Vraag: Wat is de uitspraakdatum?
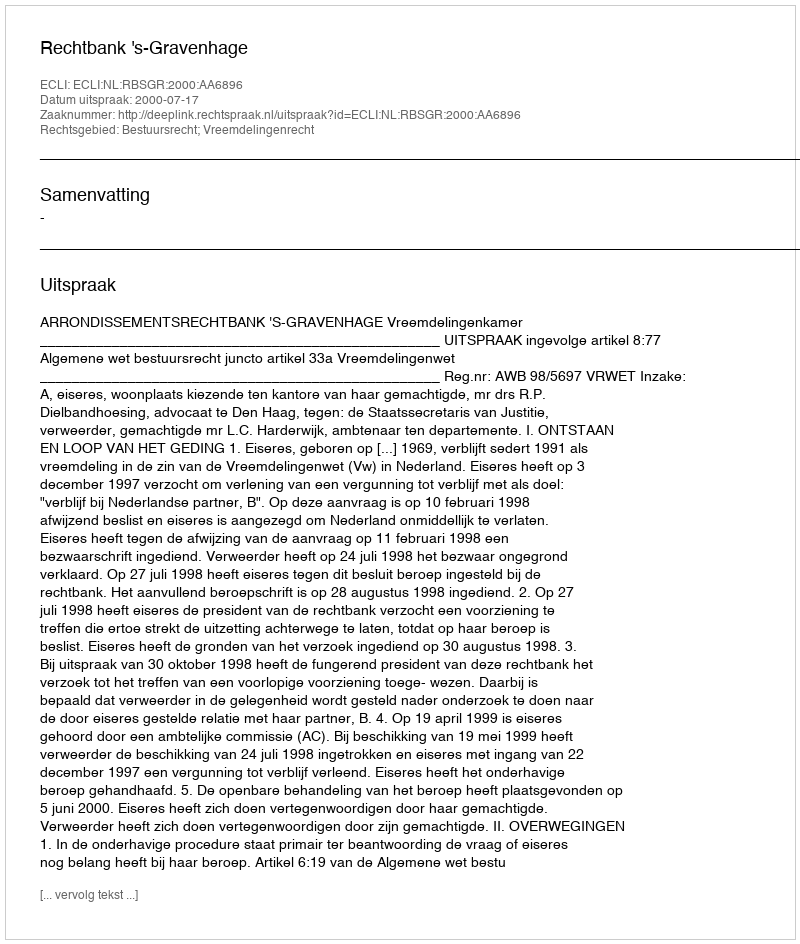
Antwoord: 2000-07-17